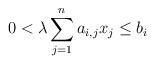
LaTeX: \begin{align*}0 < \lambda \sum_{j=1}^n a_{i,j} x_j \leq b_i \end{align*}